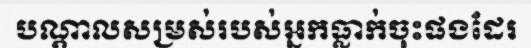
បណ្តាលសម្រស់របស់អ្នកធ្លាក់ចុះផងដែរ